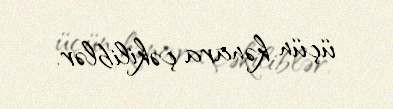
üçün kənara çəkiliblər.